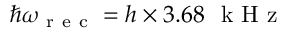
\hbar \omega _ { \mathrm { ~ r ~ e ~ c ~ } } = h \times 3 . 6 8 ~ \mathrm { ~ k ~ H ~ z ~ }